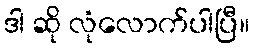
ဒါ ဆို လုံလောက်ပါပြီ။